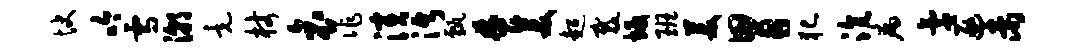
快吟雪潮竟杖哀作演沔甄焚美超裁坂班美胃犯沆病氲逐未